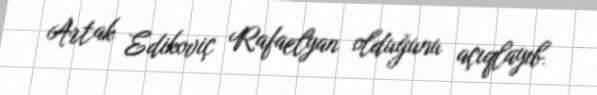
Artak Edikoviç Rafaelyan olduğunu açıqlayıb.